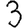
Digit: 3